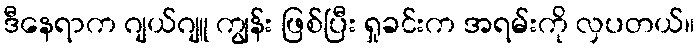
ဒီနေရာက ဂျယ်ဂျူ ကျွန်း ဖြစ်ပြီး ရှုခင်းက အရမ်းကို လှပတယ်။